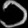
Digit: ၁